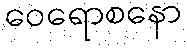
ဝေရောစနော